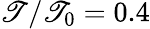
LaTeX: \mathscr{T}/\mathscr{T}_{0}=0.4